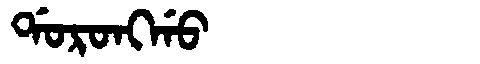
Manchu: ᡩᠣᡵᠣᠩᡤᠣ
Romanization: DORONGGO